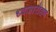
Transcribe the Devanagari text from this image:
ध्‍वजारोहण